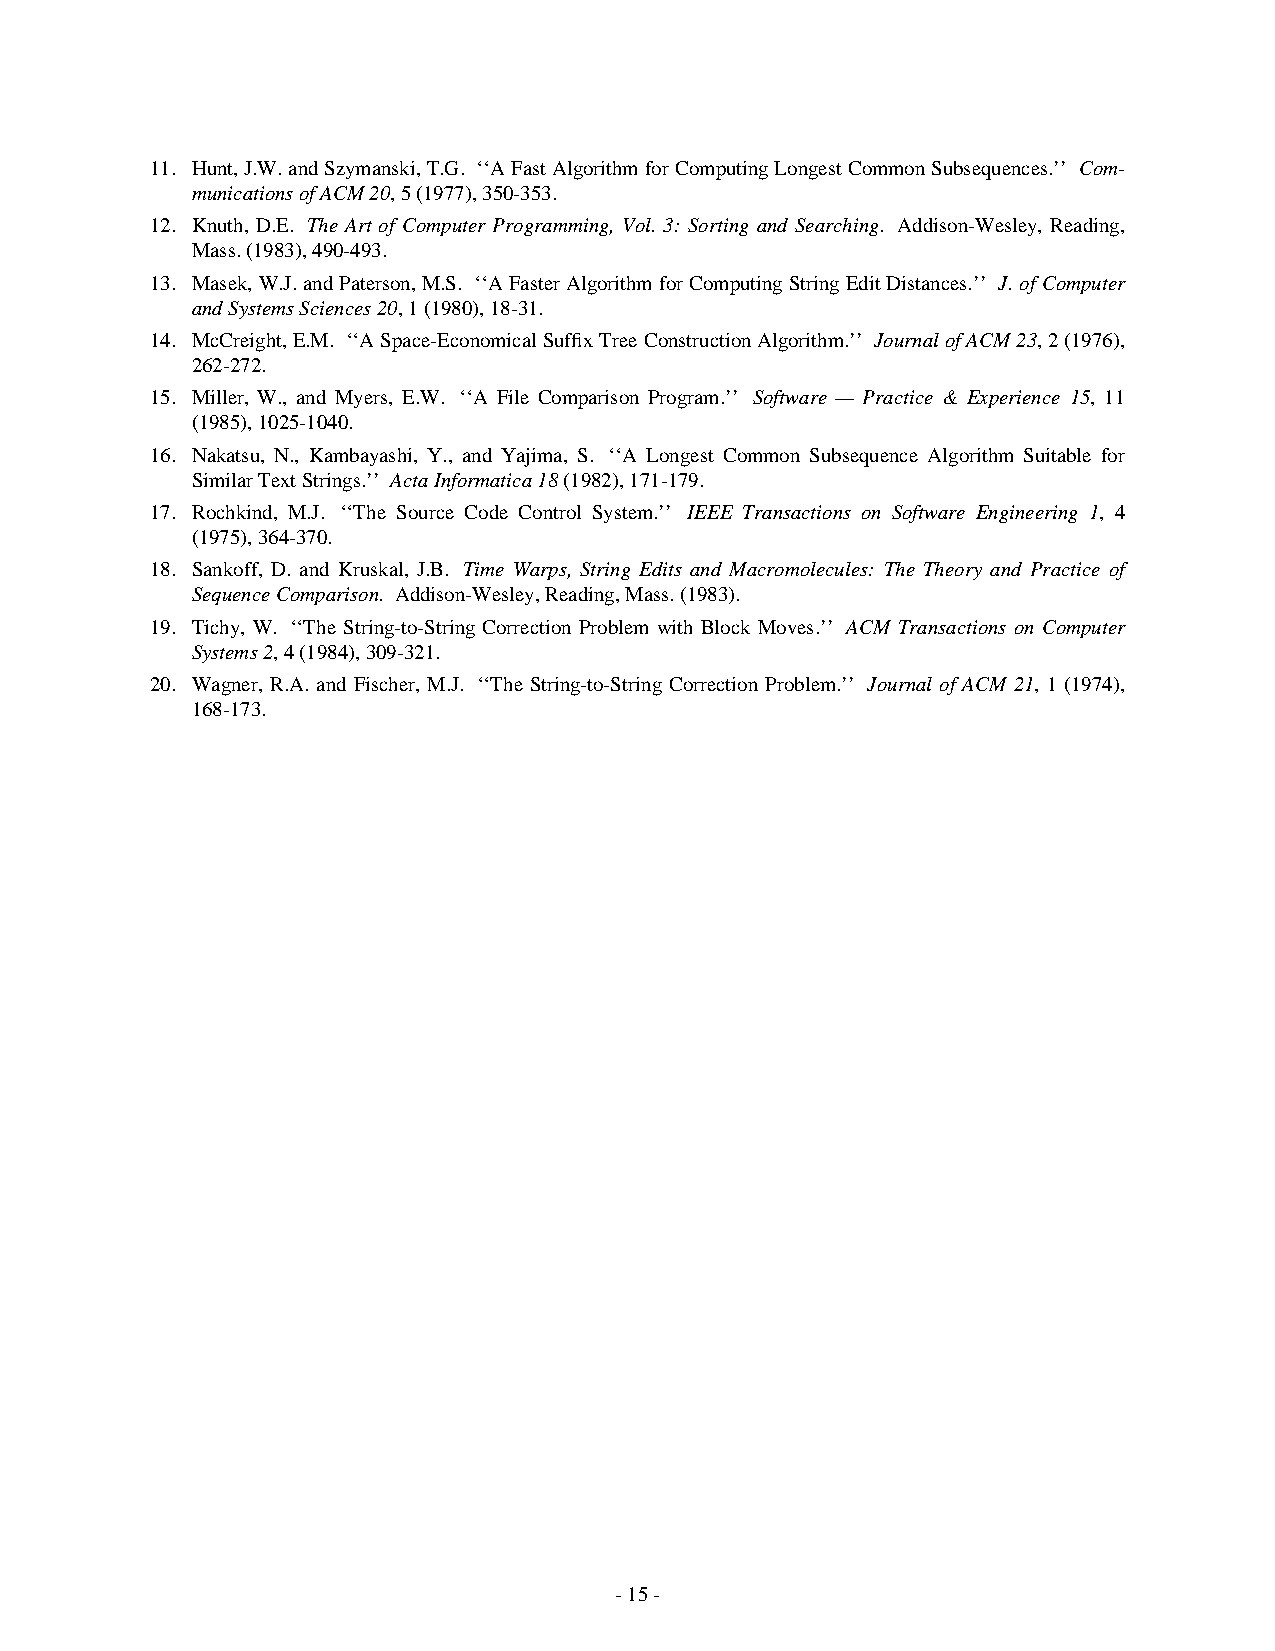
11. Hunt,J.W.andSzymanski,T.G. ‘‘AFastAlgorithmforComputingLongestCommonSubsequences.’’ Com-
 municationsofACM20,5(1977),350-353.
 12. Knuth, D.E. The Art of Computer Programming, Vol. 3: Sorting and Searching. Addison-Wesley, Reading,
 Mass.(1983),490-493.
 13. Masek,W.J.andPaterson,M.S. ‘‘AFasterAlgorithmforComputingStringEditDistances.’’ J. ofComputer
 andSystemsSciences20,1(1980),18-31.
 14. McCreight,E.M. ‘‘ASpace-Economical SuffixTreeConstructionAlgorithm.’’ JournalofACM23,2(1976),
 262-272.
 15. Miller, W., and Myers, E.W. ‘‘A File Comparison Program.’’ Software — Practice & Experience 15, 11
 (1985),1025-1040.
 16. Nakatsu, N., Kambayashi, Y., and Yajima, S. ‘‘A Longest Common Subsequence Algorithm Suitable for
 SimilarTextStrings.’’ ActaInformatica18(1982),171-179.
 17. Rochkind, M.J. ‘‘The Source Code Control System.’’ IEEE Transactions on Software Engineering 1, 4
 (1975),364-370.
 18. Sankoff, D. and Kruskal, J.B. Time Warps, String Edits and Macromolecules: The Theory and Practice of
 SequenceComparison. Addison-Wesley,Reading,Mass.(1983).
 19. Tichy, W. ‘‘The String-to-String Correction Problem with Block Moves.’’ ACM Transactions on Computer
 Systems2,4(1984),309-321.
 20. Wagner, R.A. and Fischer, M.J. ‘‘The String-to-String Correction Problem.’’ Journal of ACM 21, 1 (1974),
 168-173.
 -15-